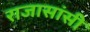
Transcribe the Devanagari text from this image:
राजासांसी